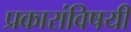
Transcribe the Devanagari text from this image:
प्रकारांविषयी